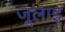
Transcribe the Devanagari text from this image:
जूलाइ